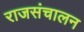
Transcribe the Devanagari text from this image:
राजसंचालन